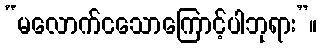
“မလောက်ငသောကြောင့်ပါဘုရား”။